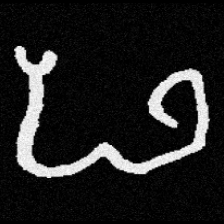
Pyu character \u2014 Myanmar letter: ဖ (romanized: pha)